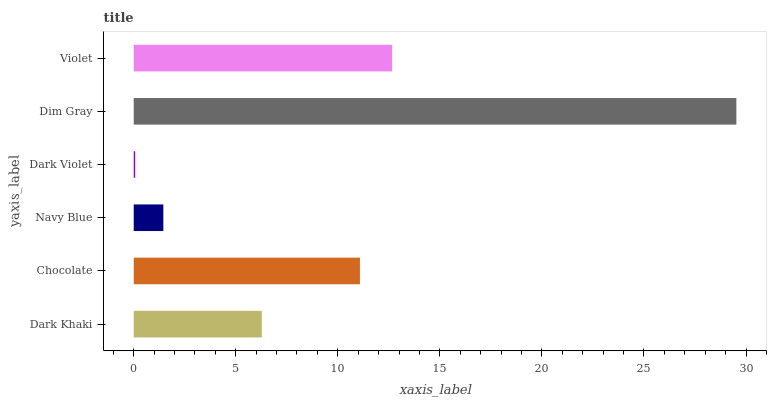
| yaxis_label | bars |
 | --- | --- |
 | Dark Khaki | 6.28 |
 | Chocolate | 11.1 |
 | Navy Blue | 1.45 |
 | Dark Violet | 0.0723 |
 | Dim Gray | 29.5 |
 | Violet | 12.7 |